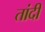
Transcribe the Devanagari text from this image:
तांदी